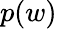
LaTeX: p(w)